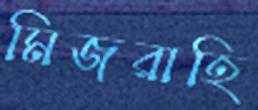
মিজরাহি